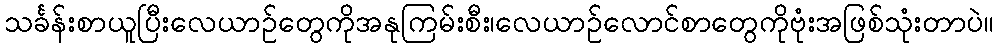
သင်္ခန်းစာယူပြီးလေယာဉ်တွေကိုအနုကြမ်းစီး၊လေယာဉ်လောင်စာတွေကိုဗုံးအဖြစ်သုံးတာပဲ။